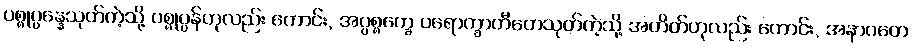
ပစ္စုပ္ပန္နေသုတ်ကဲ့သို့ ပစ္စုပ္ပန်ဟုလည်း ကောင်း, အပ္ပစ္စက္ခေ ပရောက္ခာတီတေသုတ်ကဲ့သို့ အတိတ်ဟုလည်း ကောင်း, အနာဂတေ